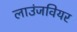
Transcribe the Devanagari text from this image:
लाउंजवियर